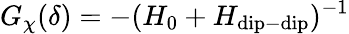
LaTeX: G_{\chi}(\delta)=-(H_{0}+H_{\mathrm{dip-dip}})^{-1}